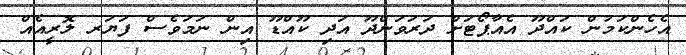
އެހެންކަމުން ކައްދޫ އެއާޕޯޓަށް ދަރަވަންދޫ އަދި ކޫއްޑޫ އިން ނަމަވެސް ފަޔަރ ލޮރީއެއް